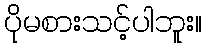
ပိုမစားသင့်ပါဘူး။